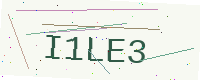
Text: I1LE3